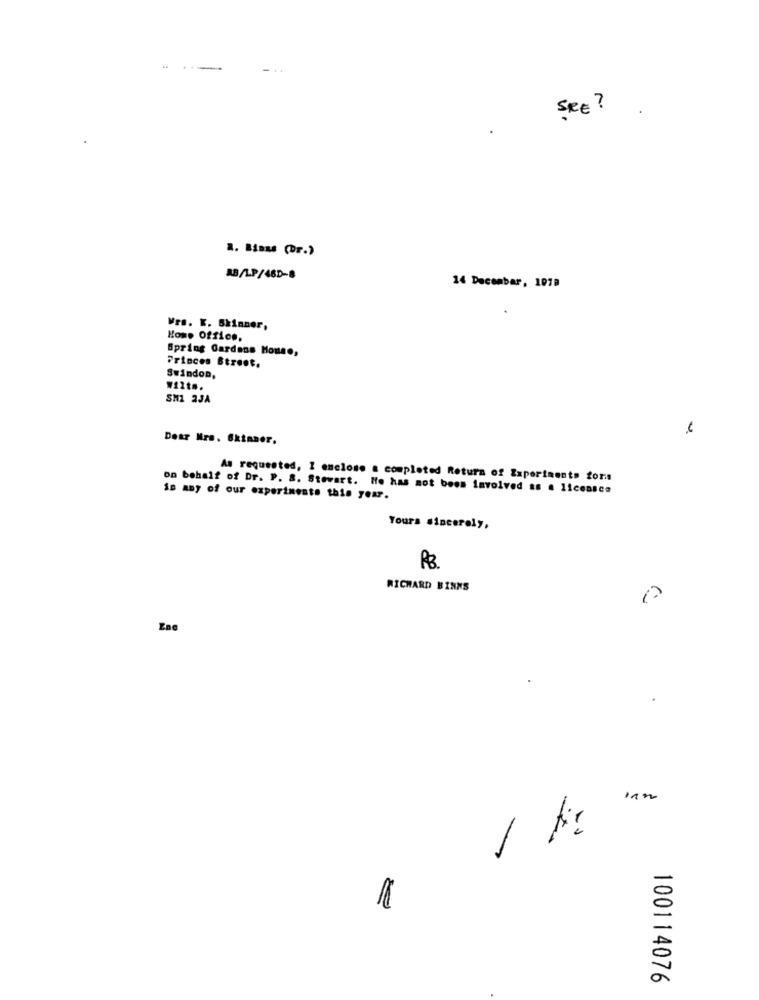
..
FRE ?
1. Binus (Dr.)
AB/LP/48D-8
14 December, 1079
Wrs. K. Skinner,
Home Office.
Spring Gardens House,
Princes Street.
Swindon,
W12ts.
SM1 2JA
Dear Mrs. Skinner.
As requested, I enclose a completed Return of Experiments foris
on behalf of Dr. P. 8. Stewart. He has not been involved as . licensca
in any of our experiments this year.
Yours sincerely,
RB
RICHARD BINKS
Ene
-
100114076